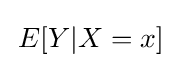
\,E[Y|X=x]